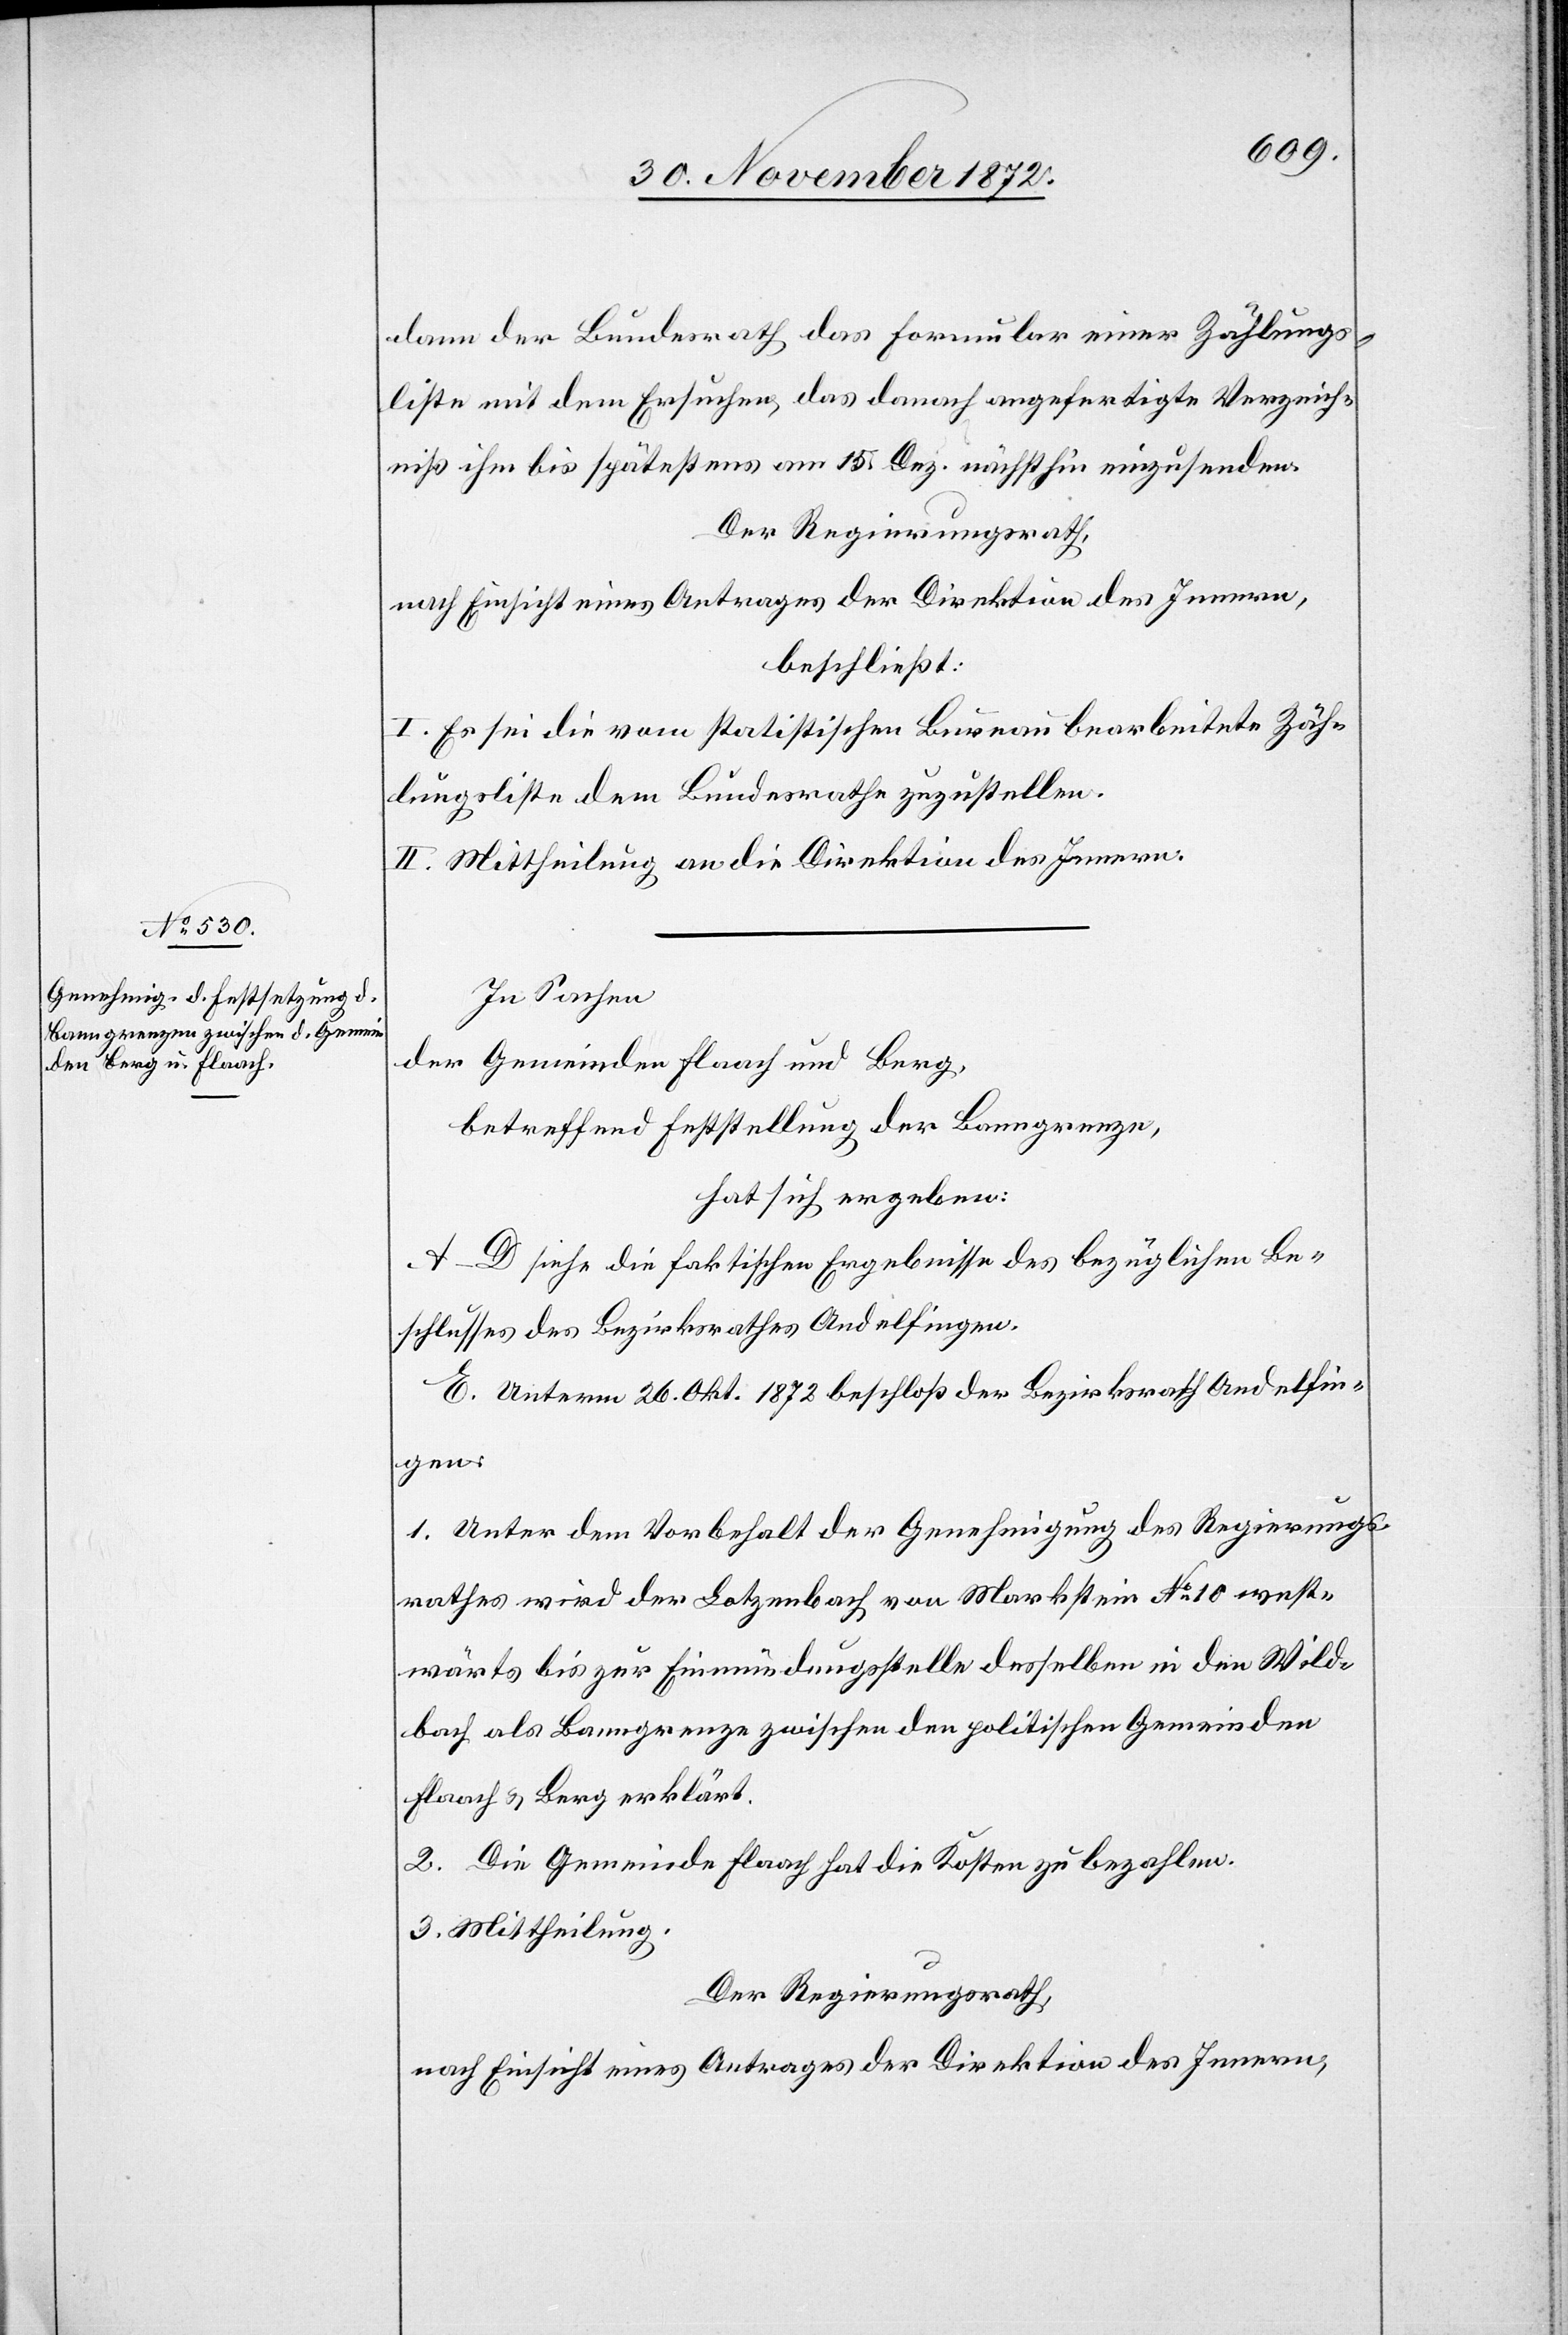
dann der Bundesrath das Formular einer Zählungs¬
liste mit dem Ersuchen, das danach angefertigte Verzeich¬
niß ihm bis spätestens am 15. Dez. nächsthin einzusenden.
Der Regierungsrath,
nach Einsicht eines Antrages der Direktion des Innern,
beschließt:
I. Es sei die vom statistischen Bureau bearbeitete Zäh¬
lungsliste dem Bundesrathe zuzustellen.
II. Mittheilung an die Direktion des Innern.
In Sachen
der Gemeinde Flaach und Berg,
betreffend Feststellung der Banngrenze,
hat sich ergeben:
A–D siehe die faktischen Ergebnisse des bezüglichen Be¬
schlusses des Bezirksrathes Andelfingen.
E. Unterm 26. Okt. 1872 beschloß der Bezirksrath Andelfin¬
gen:
1. Unter dem Vorbehalt der Genehmigung des Regierungs¬
rathes wird der Lotzenbach von Markstein No 10 west¬
wärts bis zur Einmündungsstelle desselben in den Wild¬
bach als Banngrenze zwischen den politischen Gemeinden
Flaach u. Berg erklärt.
2. Die Gemeinde Flaach hat die Kosten zu bezahlen.
3. Mittheilung.
Der Regierungsrath,
nach Einsicht eines Antrages der Direktion des Innern,